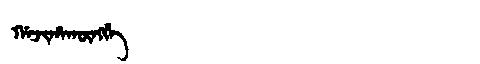
Manchu: ᡤᠠᠵᡳᡥᠠᡴᡡᠩᡤᡝ
Romanization: GAJIHAKŪNGGE